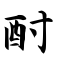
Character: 酎